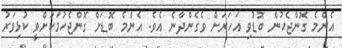
އެންމެ ގޮންޖެހުން ބޮޑުވި އަހަރަށް ވެގެންދާނެ އެވެ. އެންމެ ބޮޑަށް ގޮންޖެހުމަކަށްވީ ކުޅިވަރު